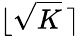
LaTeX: \lfloor\sqrt{K}\, \rceil